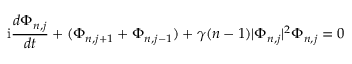
\mathrm { i } { \frac { d \Phi _ { n , j } } { d t } } + ( \Phi _ { n , j + 1 } + \Phi _ { n , j - 1 } ) + \gamma ( n - 1 ) | \Phi _ { n , j } | \sp 2 \Phi _ { n , j } = 0